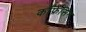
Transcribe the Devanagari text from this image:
काँफ्रेंसिंग